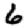
Digit: 6